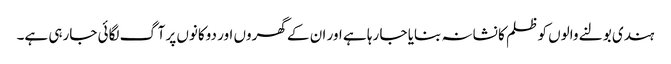
ہندی بولنے والوں کو ظلم کا نشانہ بنایا جا رہا ہے اور ان کے گھروں اور دوکانوں پر آگ لگائی جارہی ہے۔